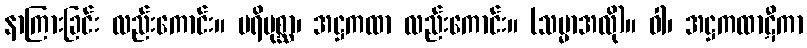
နာကြားခြင်း လည်းကောင်း။ ပရိပုစ္ဆာ၊ အဋ္ဌကထာ လည်းကောင်း။ (သမ္မာအလို)။ ဝါ၊ အဋ္ဌကထာဋီကာ